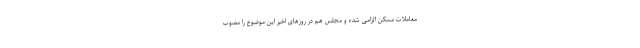
معاملات مسکن الزامی شده و مجلس هم در روزهای اخیر این موضوع را مصوب